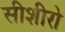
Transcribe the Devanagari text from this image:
सीशीरो